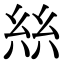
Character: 𢇃